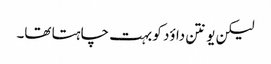
لیکن یونتن داؤد کو بہت چاہتا تھا۔